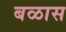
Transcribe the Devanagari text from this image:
बळास